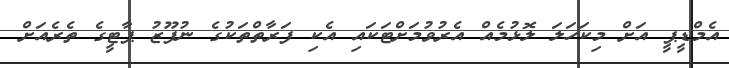
އެމްޑީޕީ އަށް މިކަހަލަ ލޮޅުމެއް އެރުވުމަށްޓަކައި އެކި ފަރާތްތަކުގެ ނުފޫޒު ޕާޓީގެ ތެރެއަށް